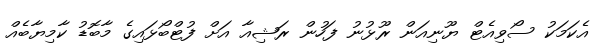
އެކަމަކު ސޯވިއެޓް ޔޫނިއަން ރޫޅުނު ފަހުން ރަޝިއާ އަށް ފުޓްބޯޅައިގެ މާބޮޑު ކާމިޔާބެއް